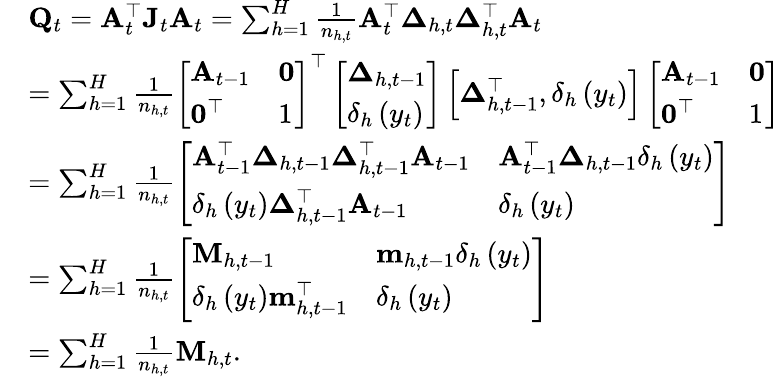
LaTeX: \begin{array}{rl}&{\mathbf{Q}_{t}=\mathbf{A}_{t}^{\top}\mathbf{J}_{t}\mathbf{A}_{t}=\sum_{h=1}^{H}\frac{1}{n_{h,t}}\mathbf{A}_{t}^{\top}\boldsymbol{\Delta}_{h,t}\boldsymbol{\Delta}_{h,t}^{\top}\mathbf{A}_{t}}\\ &{=\sum_{h=1}^{H}\frac{1}{n_{h,t}}\left[\begin{array}{ll}{\mathbf{A}_{t-1}}&{\mathbf{0}}\\ {\mathbf{0}^{\top}}&{1}\end{array}\right]^{\top}\left[\begin{array}{l}{\boldsymbol{\Delta}_{h,t-1}}\\ {\delta_{h}\left(y_{t}\right)}\end{array}\right]\left[\boldsymbol{\Delta}_{h,t-1}^{\top},\delta_{h}\left(y_{t}\right)\right]\left[\begin{array}{ll}{\mathbf{A}_{t-1}}&{\mathbf{0}}\\ {\mathbf{0}^{\top}}&{1}\end{array}\right]}\\ &{=\sum_{h=1}^{H}\frac{1}{n_{h,t}}\left[\begin{array}{ll}{\mathbf{A}_{t-1}^{\top}\boldsymbol{\Delta}_{h,t-1}\boldsymbol{\Delta}_{h,t-1}^{\top}\mathbf{A}_{t-1}}&{\mathbf{A}_{t-1}^{\top}\boldsymbol{\Delta}_{h,t-1}\delta_{h}\left(y_{t}\right)}\\ {\delta_{h}\left(y_{t}\right)\boldsymbol{\Delta}_{h,t-1}^{\top}\mathbf{A}_{t-1}}&{\delta_{h}\left(y_{t}\right)}\end{array}\right]}\\ &{=\sum_{h=1}^{H}\frac{1}{n_{h,t}}\left[\begin{array}{ll}{\mathbf{M}_{h,t-1}}&{\mathbf{m}_{h,t-1}\delta_{h}\left(y_{t}\right)}\\ {\delta_{h}\left(y_{t}\right)\mathbf{m}_{h,t-1}^{\top}}&{\delta_{h}\left(y_{t}\right)}\end{array}\right]}\\ &{=\sum_{h=1}^{H}\frac{1}{n_{h,t}}\mathbf{M}_{h,t}\mathrm{.~}}\end{array}